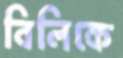
বিলিকে